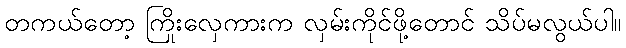
တကယ်တော့ ကြိုးလှေကားက လှမ်းကိုင်ဖို့တောင် သိပ်မလွယ်ပါ။